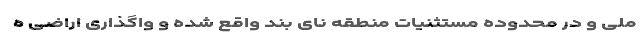
ملی و در محدوده مستثنیات منطقه نای بند واقع شده و واگذاری اراضی ه